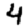
Digit: 4